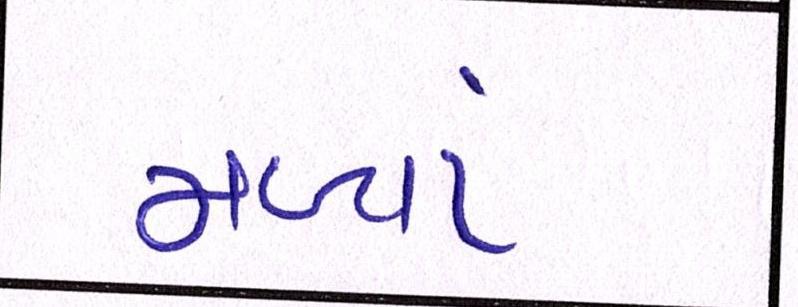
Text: મળ્યાં